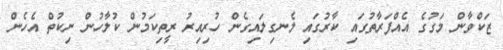
ޒަކްވާން މަގުގެ އެއްފަރާތުގައި ކާރުގައި ލެނގިލައިގެން ހުރިއިރު ރީތިކަމުން ކުލާހުން ނިކުތް އެހެން